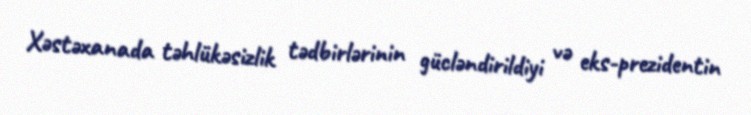
Xəstəxanada təhlükəsizlik tədbirlərinin gücləndirildiyi və eks-prezidentin